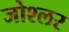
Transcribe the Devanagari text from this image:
जोश्लर